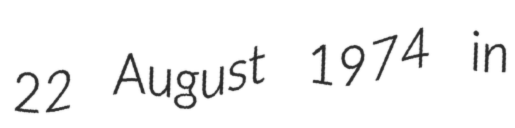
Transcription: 22 August 1974 in